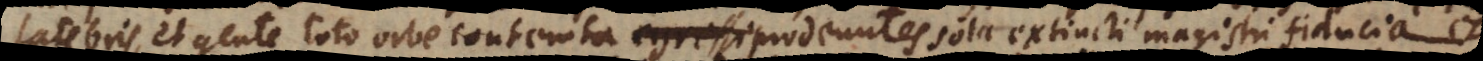
latebris, et gente toto orbe contemta prodeuntes sola extincti magistri fiducia et